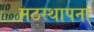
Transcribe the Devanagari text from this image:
मठस्थापना